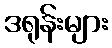
ဒရုန်းများ